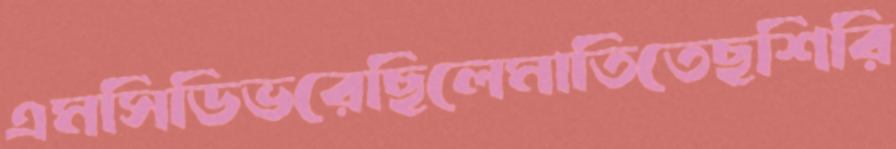
এমসিডিভরেছিলেমাতিতেছশিরি